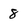
Character: 8